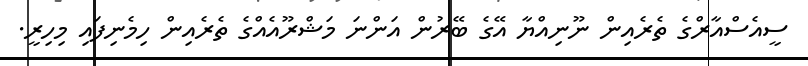
ސީއެސްއާރްގެ ތެރެއިން ނޫނިއްޔާ އޭގެ ބޭރުން އަންނަ މަޝްރޫއެއްގެ ތެރެއިން ހިމެނިފައި މިހިރީ.